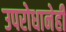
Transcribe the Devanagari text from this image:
उपरोधानेही